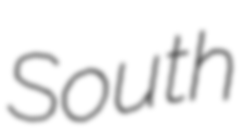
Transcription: South